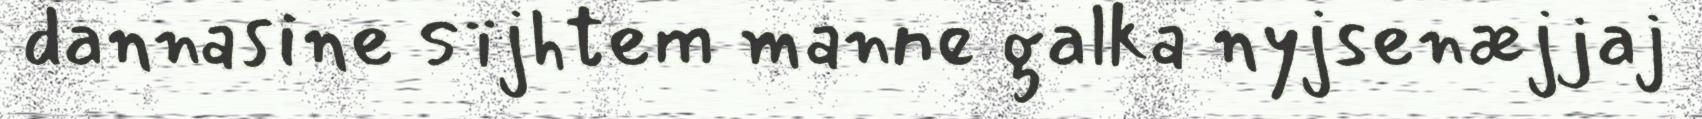
dannasine sïjhtem manne galka nyjsenæjjaj